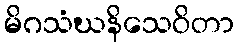
မိဂသံဃနိသေဝိတာ